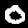
Label: 0